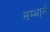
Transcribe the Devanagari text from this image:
सम्भालें